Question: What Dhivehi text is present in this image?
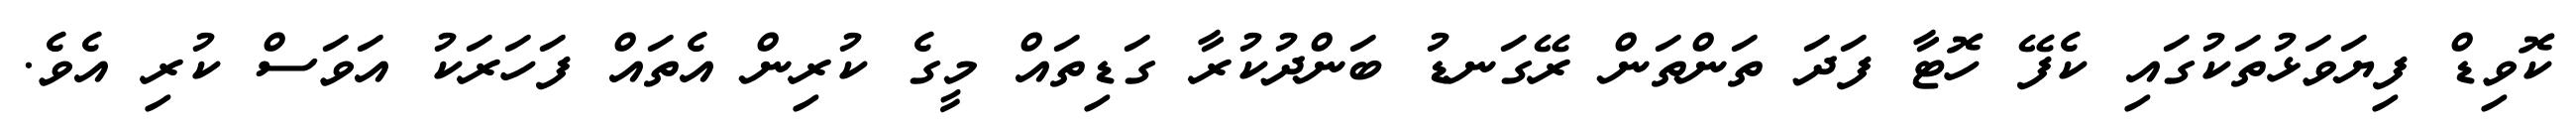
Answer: ކޮވިޑް ފިޔަވަޅުތަކުގައި ކެފޭ ހޮޓާ ފަދަ ތަންތަން ރޭގަނޑު ބަންދުކުރާ ގަޑިތައް މީގެ ކުރިން އެތައް ފަހަރަކު އަވަސް ކުރި އެވެ.